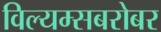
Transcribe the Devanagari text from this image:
विल्यम्सबरोबर